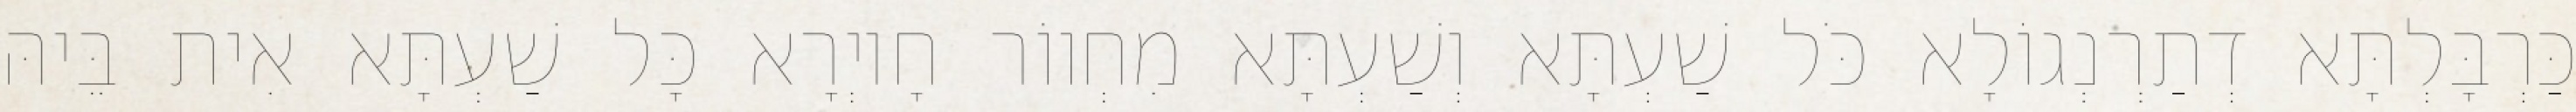
כַּרְבָּלְתָּא דְתַרְנְגוֹלָא כֹּל שַׁעְתָּא וְשַׁעְתָּא מִחְווֹר חָיוְרָא כָּל שַׁעְתָּא אִית בֵּיהּ